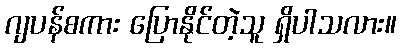
ဂျပန်စကား ပြောနိုင်တဲ့သူ ရှိပါသလား။